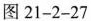
图21-2-27